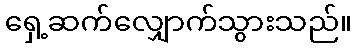
ရှေ့ဆက်လျှောက်သွားသည်။